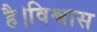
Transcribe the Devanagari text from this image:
है।विश्वास